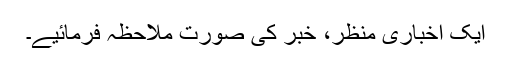
ایک اخباری منظر، خبر کی صورت ملاحظہ فرمائیے۔